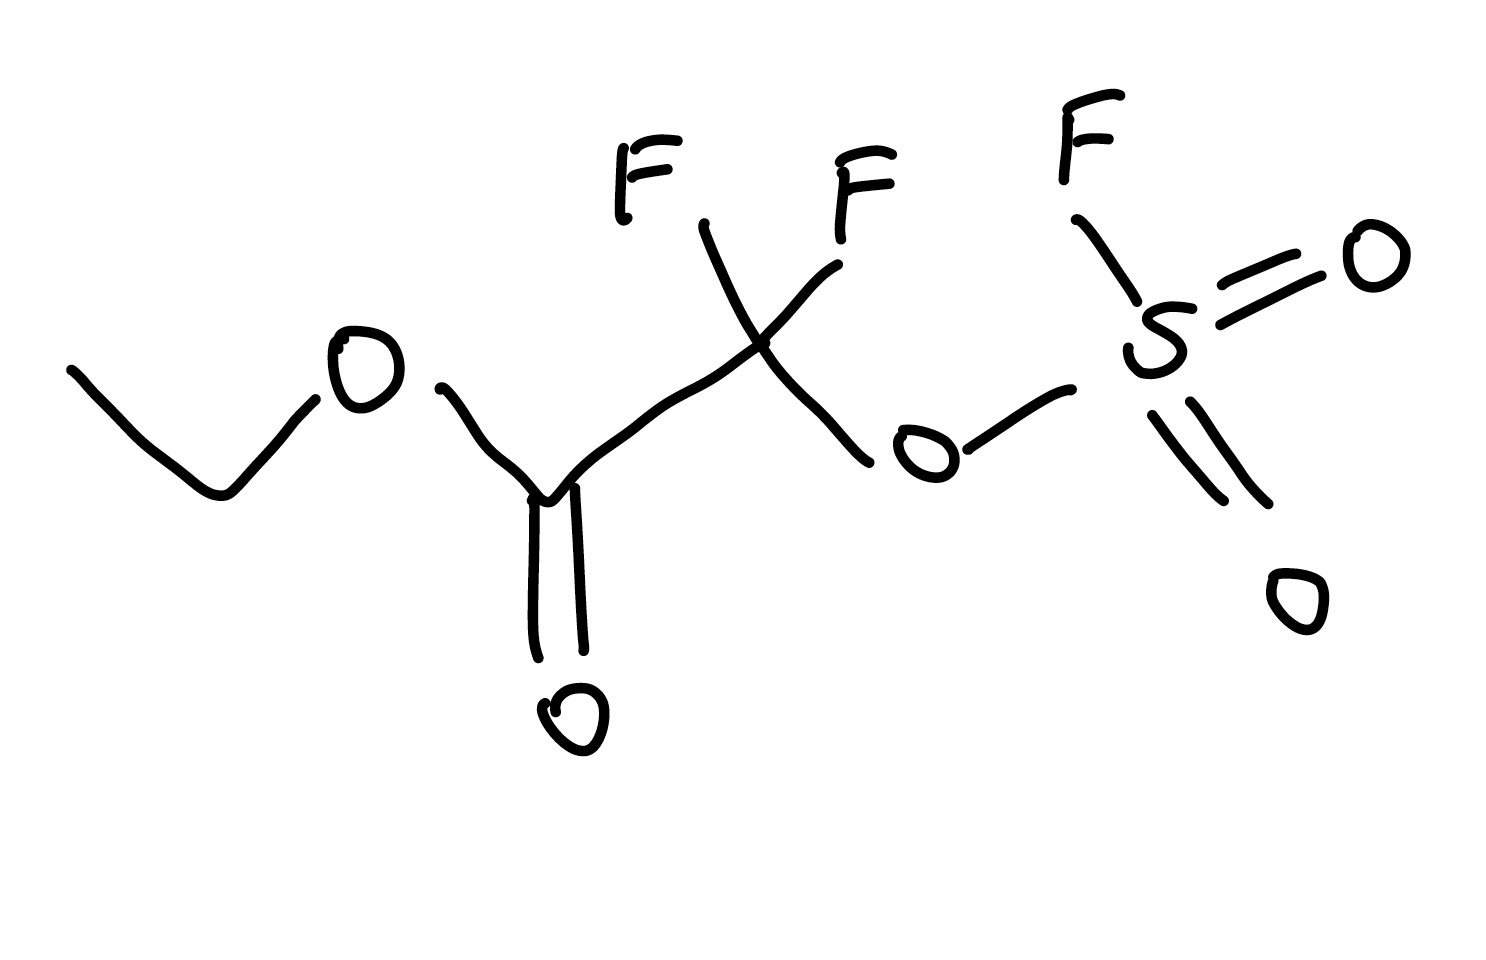
Simplified molecular-input line-entry system (SMILES) notation of the given molecule:
CCOC(=O)C(OS(=O)(=O)F)(F)F